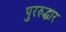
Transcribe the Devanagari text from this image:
पुररुद्धार